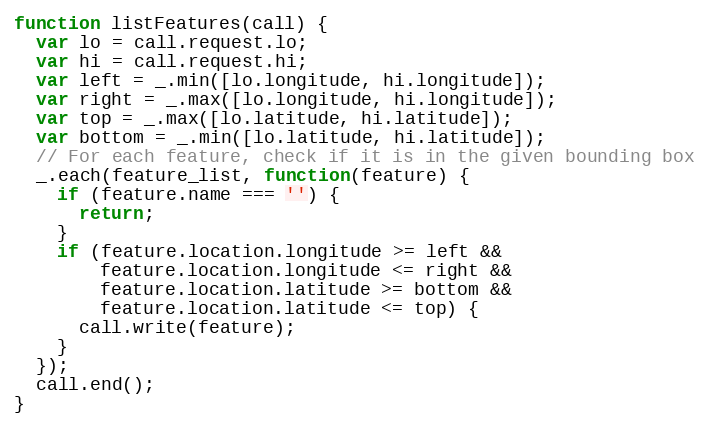
Language: JavaScript
function listFeatures(call) {
  var lo = call.request.lo;
  var hi = call.request.hi;
  var left = _.min([lo.longitude, hi.longitude]);
  var right = _.max([lo.longitude, hi.longitude]);
  var top = _.max([lo.latitude, hi.latitude]);
  var bottom = _.min([lo.latitude, hi.latitude]);
  // For each feature, check if it is in the given bounding box
  _.each(feature_list, function(feature) {
    if (feature.name === '') {
      return;
    }
    if (feature.location.longitude >= left &&
        feature.location.longitude <= right &&
        feature.location.latitude >= bottom &&
        feature.location.latitude <= top) {
      call.write(feature);
    }
  });
  call.end();
}